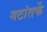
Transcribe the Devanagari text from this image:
गटांतर्फे